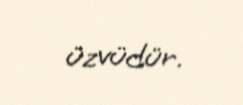
üzvüdür.